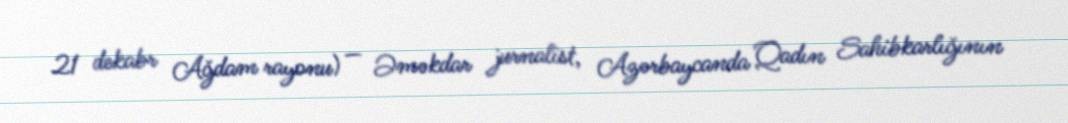
21 dekabr Ağdam rayonu) — Əməkdar jurnalist, Azərbaycanda Qadın Sahibkarlığının